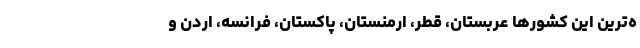
ه‌ترین این کشورها عربستان، قطر، ارمنستان، پاکستان، فرانسه، اردن و